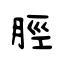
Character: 脛